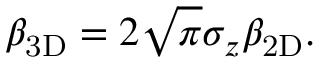
\beta _ { \mathrm { 3 D } } = 2 \sqrt { \pi } \sigma _ { z } \beta _ { \mathrm { 2 D } } .